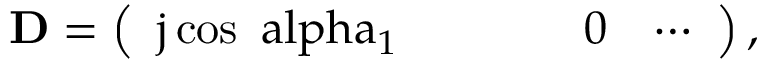
\mathrm { \bf D = \left( \begin{array} { l l l l l l } { j \cos \ a l p h a _ { 1 } } & { } & { } & { } & { 0 } & { \cdots } \end{array} \right) , }